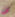
لن